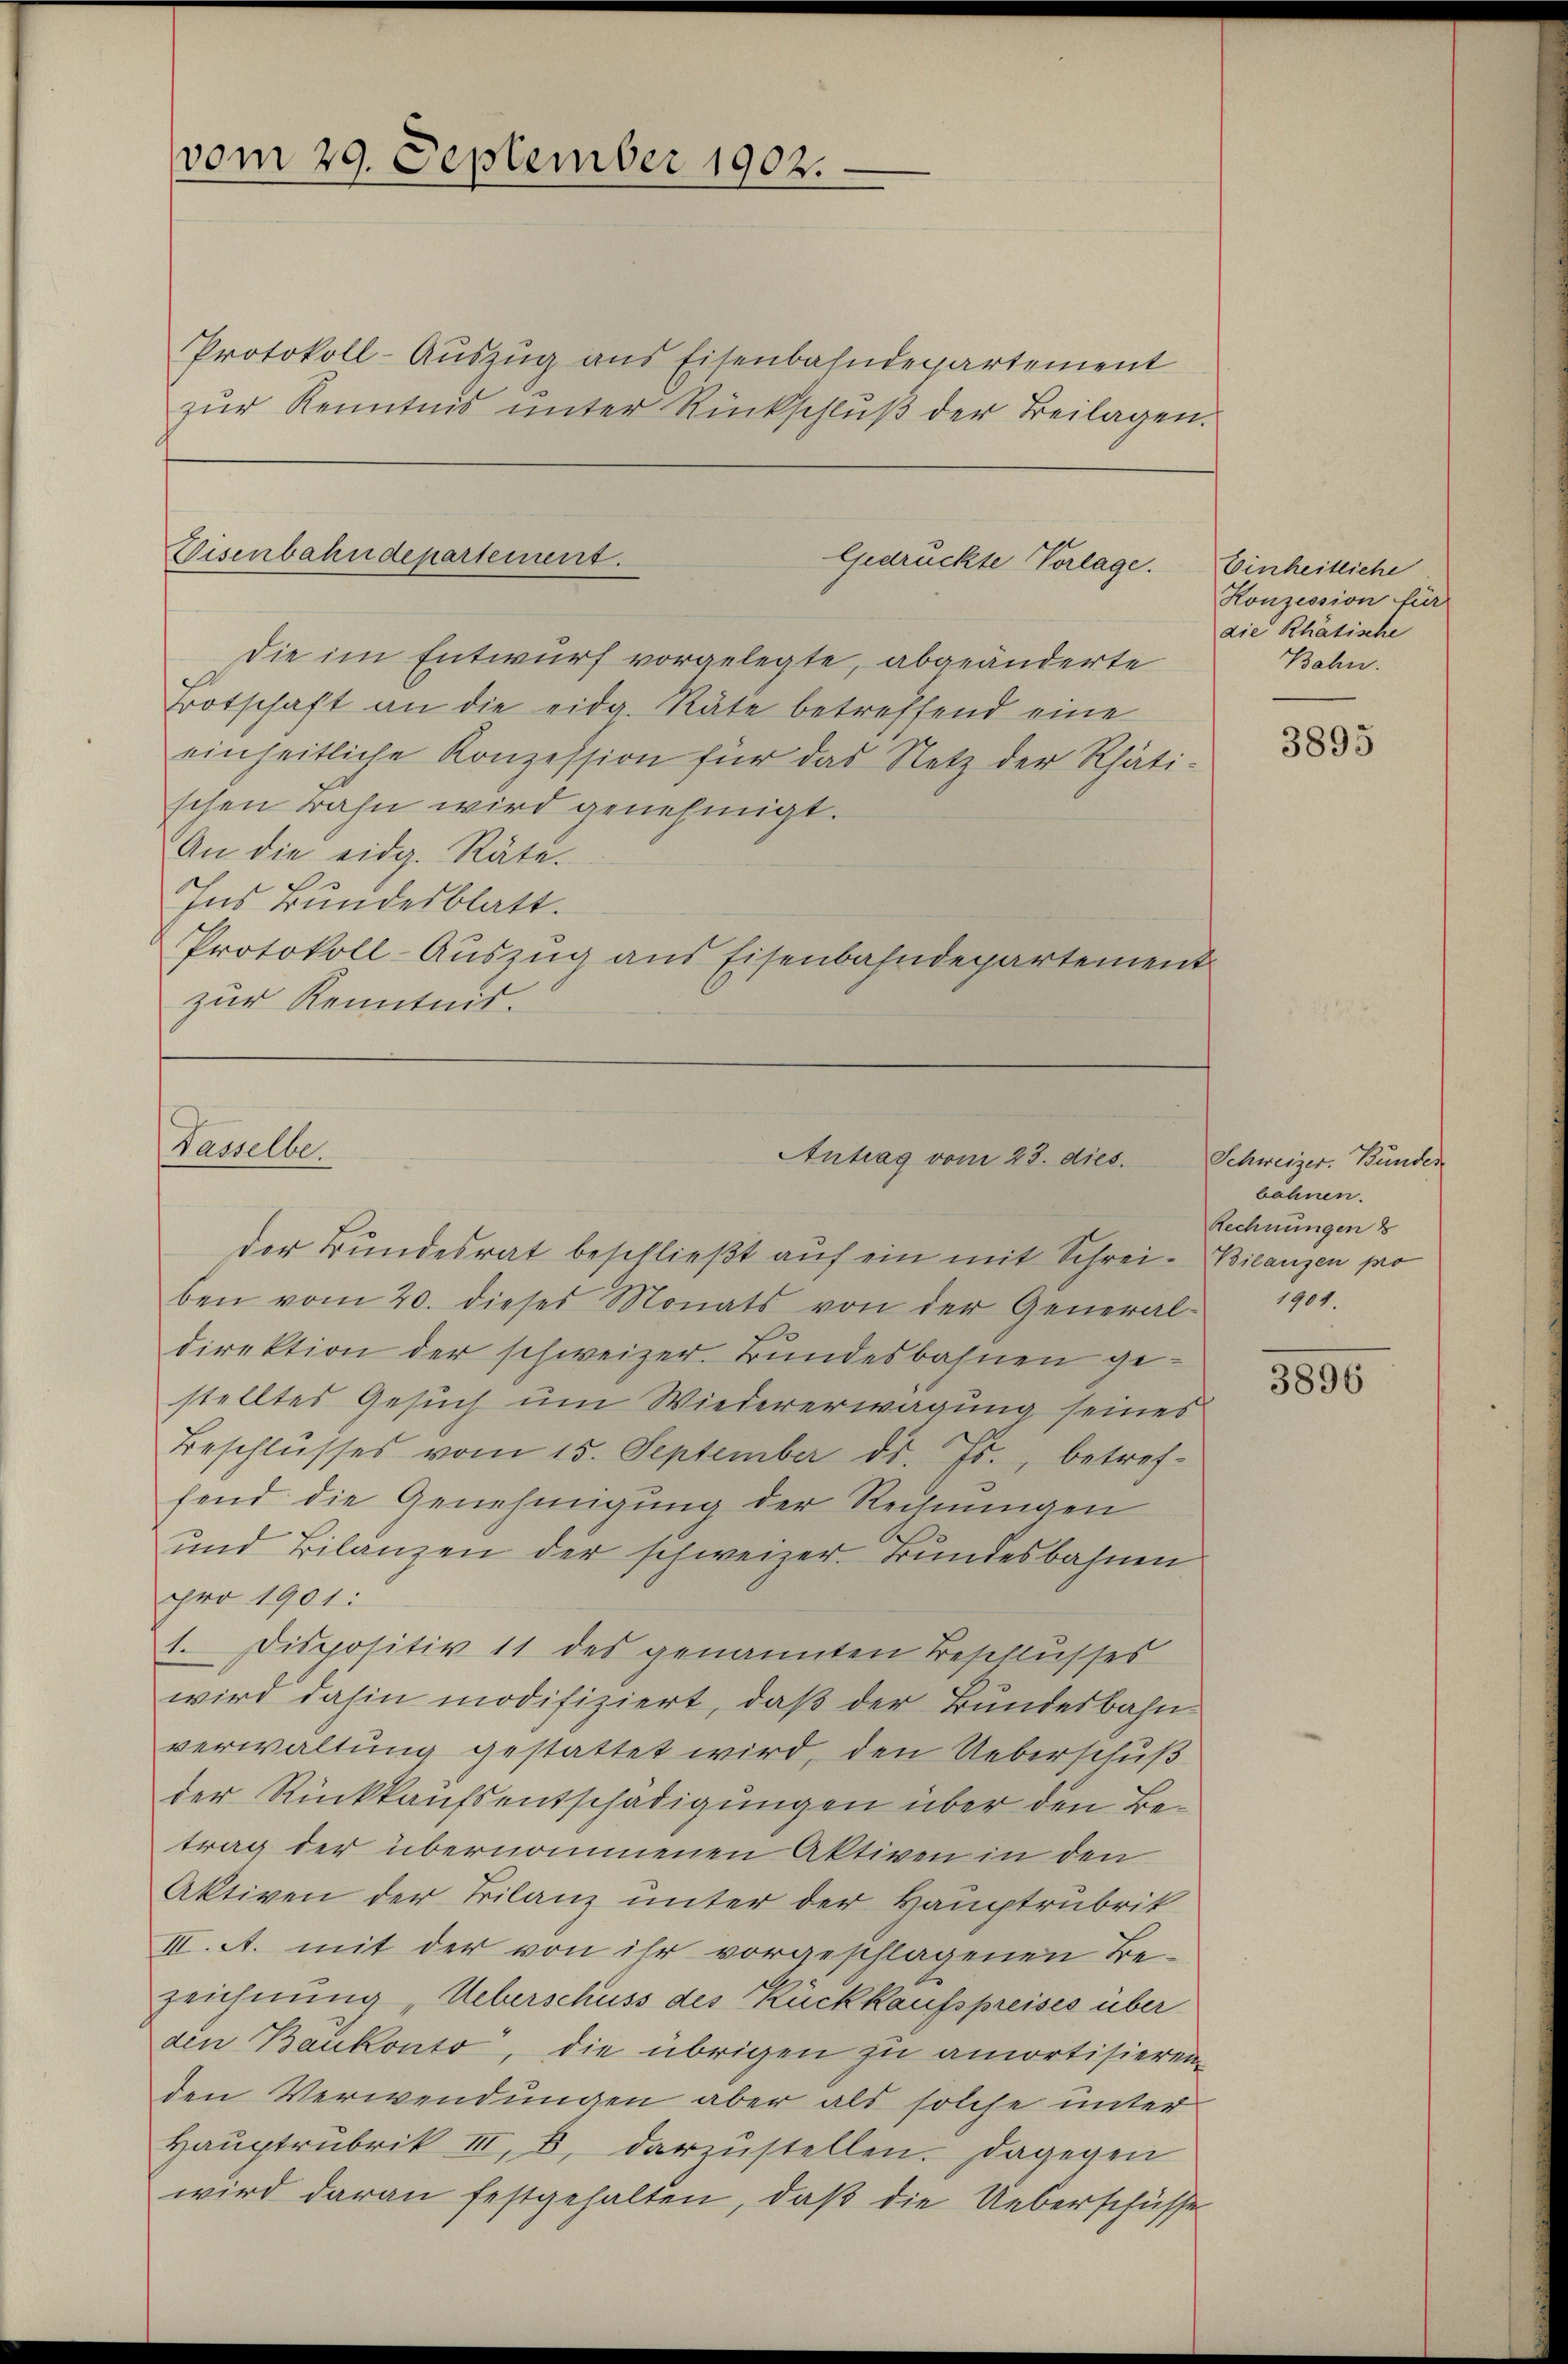
vom 29. September 1902.

Protokoll-Auszug aus Eisenbahndepartement
zŭr Kenntnis unter Rückschlŭβ der Beilagen.

Disenbahndepartement.

Gedrückte Vorlage.

die im Entwurf vorgelegte, abgeänderte
Botschaft an die eidg. Räte betreffend eine
einheitliche Konzession für das Netz der Rhäti-
schen Bahn wird genehmigt.
An die eidg. Räte.
Ins Bundesblatt.
Protokoll-Auszug aus Eisenbahndepartement
zur Kenntnis.

Dasselbe.
Antrag vom 23. dies.
der Bundesrat beschließt auf ein mit Schrei- Bilanzen pro

ben vom 20. dieses Monats von der General- 1904.
direktion der schweizer. Bundesbahnen gestelltes Gesuch um Wiedererwägung seines
Beschlŭsses vom 15. September ds. Js., betref-
fend die Genehmigung der Rechnungen
und Bilanzen der schweizer. Bundesbahnen
pro 1901:
1. Dispositiv 11 des genannten Beschlusses
wird dahin modifiziert, daß der Bundesbahnverwaltung gestattet wird, den Ueberschuß
der Rückkaufsentschädigungen über den Betrag der übernommenen Aktiven in den
Aktiven der Trilanz unter der Hauptrubrit
III. A. mit der von ihr vorgeschlagenen Be-
zeichnung „Ueberschuss des Rückkaufspreises über
den Bankonto, die übrigen zu amortisieren
den Verwendungen aber als solche unter
Haŭptrubrik III, 8. darzŭstellen. Dagegen
wird daran festgehalten, daß die Ueberschüsse

Einheitliche
Konzession für
die Rhätische
Bahn.

3895

Schweizer. Bunder
bahnen.
Rechnungen

3896